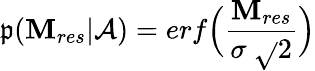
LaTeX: \mathfrak{p}(\mathbf{M}_{res}|\mathcal{{A}})=erf\Big(\frac{{\mathbf{M}_{res}}}{{\sigma~\sqrt{}{{2}}}}\Big)